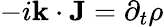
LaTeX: -i\mathbf{k}\cdot\mathbf{J}=\partial_{t}\rho